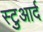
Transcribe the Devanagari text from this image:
स्टुआर्द